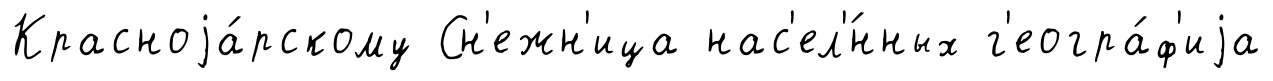
Красноjа́рскому Сн'ежн'ица нас'ел'́нных г'еогра́ф'иjа